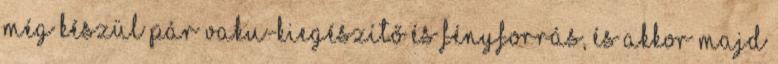
még készül pár vaku-kiegészítő és fényforrás, és akkor majd